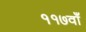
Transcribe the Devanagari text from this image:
११७वाँ